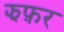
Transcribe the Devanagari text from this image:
झफ़र